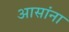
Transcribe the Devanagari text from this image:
आसांना